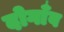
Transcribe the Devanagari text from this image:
दोगाँव